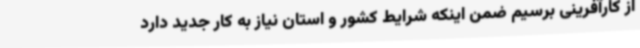
از کارآفرینی برسیم ضمن اینکه شرایط کشور و استان نیاز به کار جدید دارد